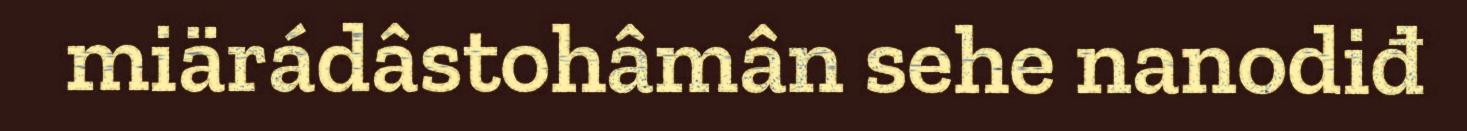
miärádâstohâmân sehe nanodiđ